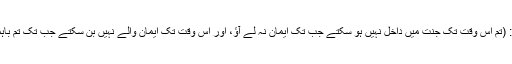
[النساء :86]اور ابو ہریرہ رضی اللہ عنہ سے مروی ہے کہ رسول اللہ صلی اللہ علیہ وسلم نے فرمایا: (تم اس وقت تک جنت میں داخل نہیں ہو سکتے جب تک ایمان نہ لے آؤ، اور اس وقت تک ایمان والے نہیں بن سکتے جب تک تم باہمی محبت نہ کرنے لگو، کیا میں تمہیں ایسی چیز نہ بتلاؤں جس کے کرنے پر تم محبت کرنے لگو؟